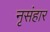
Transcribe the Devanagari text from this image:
नृसंहार